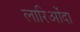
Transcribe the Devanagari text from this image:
लारिओंदा